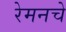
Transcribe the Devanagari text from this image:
रेमनचे